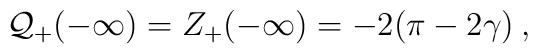
{\cal Q}_{+}(-\infty )=Z_{+}(-\infty )=-2(\pi -2\gamma )\: ,